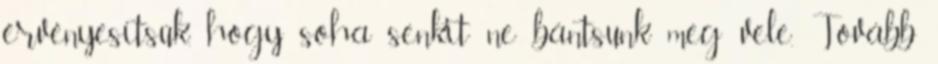
érvényesítsük, hogy soha senkit ne bántsunk meg vele. Tovább